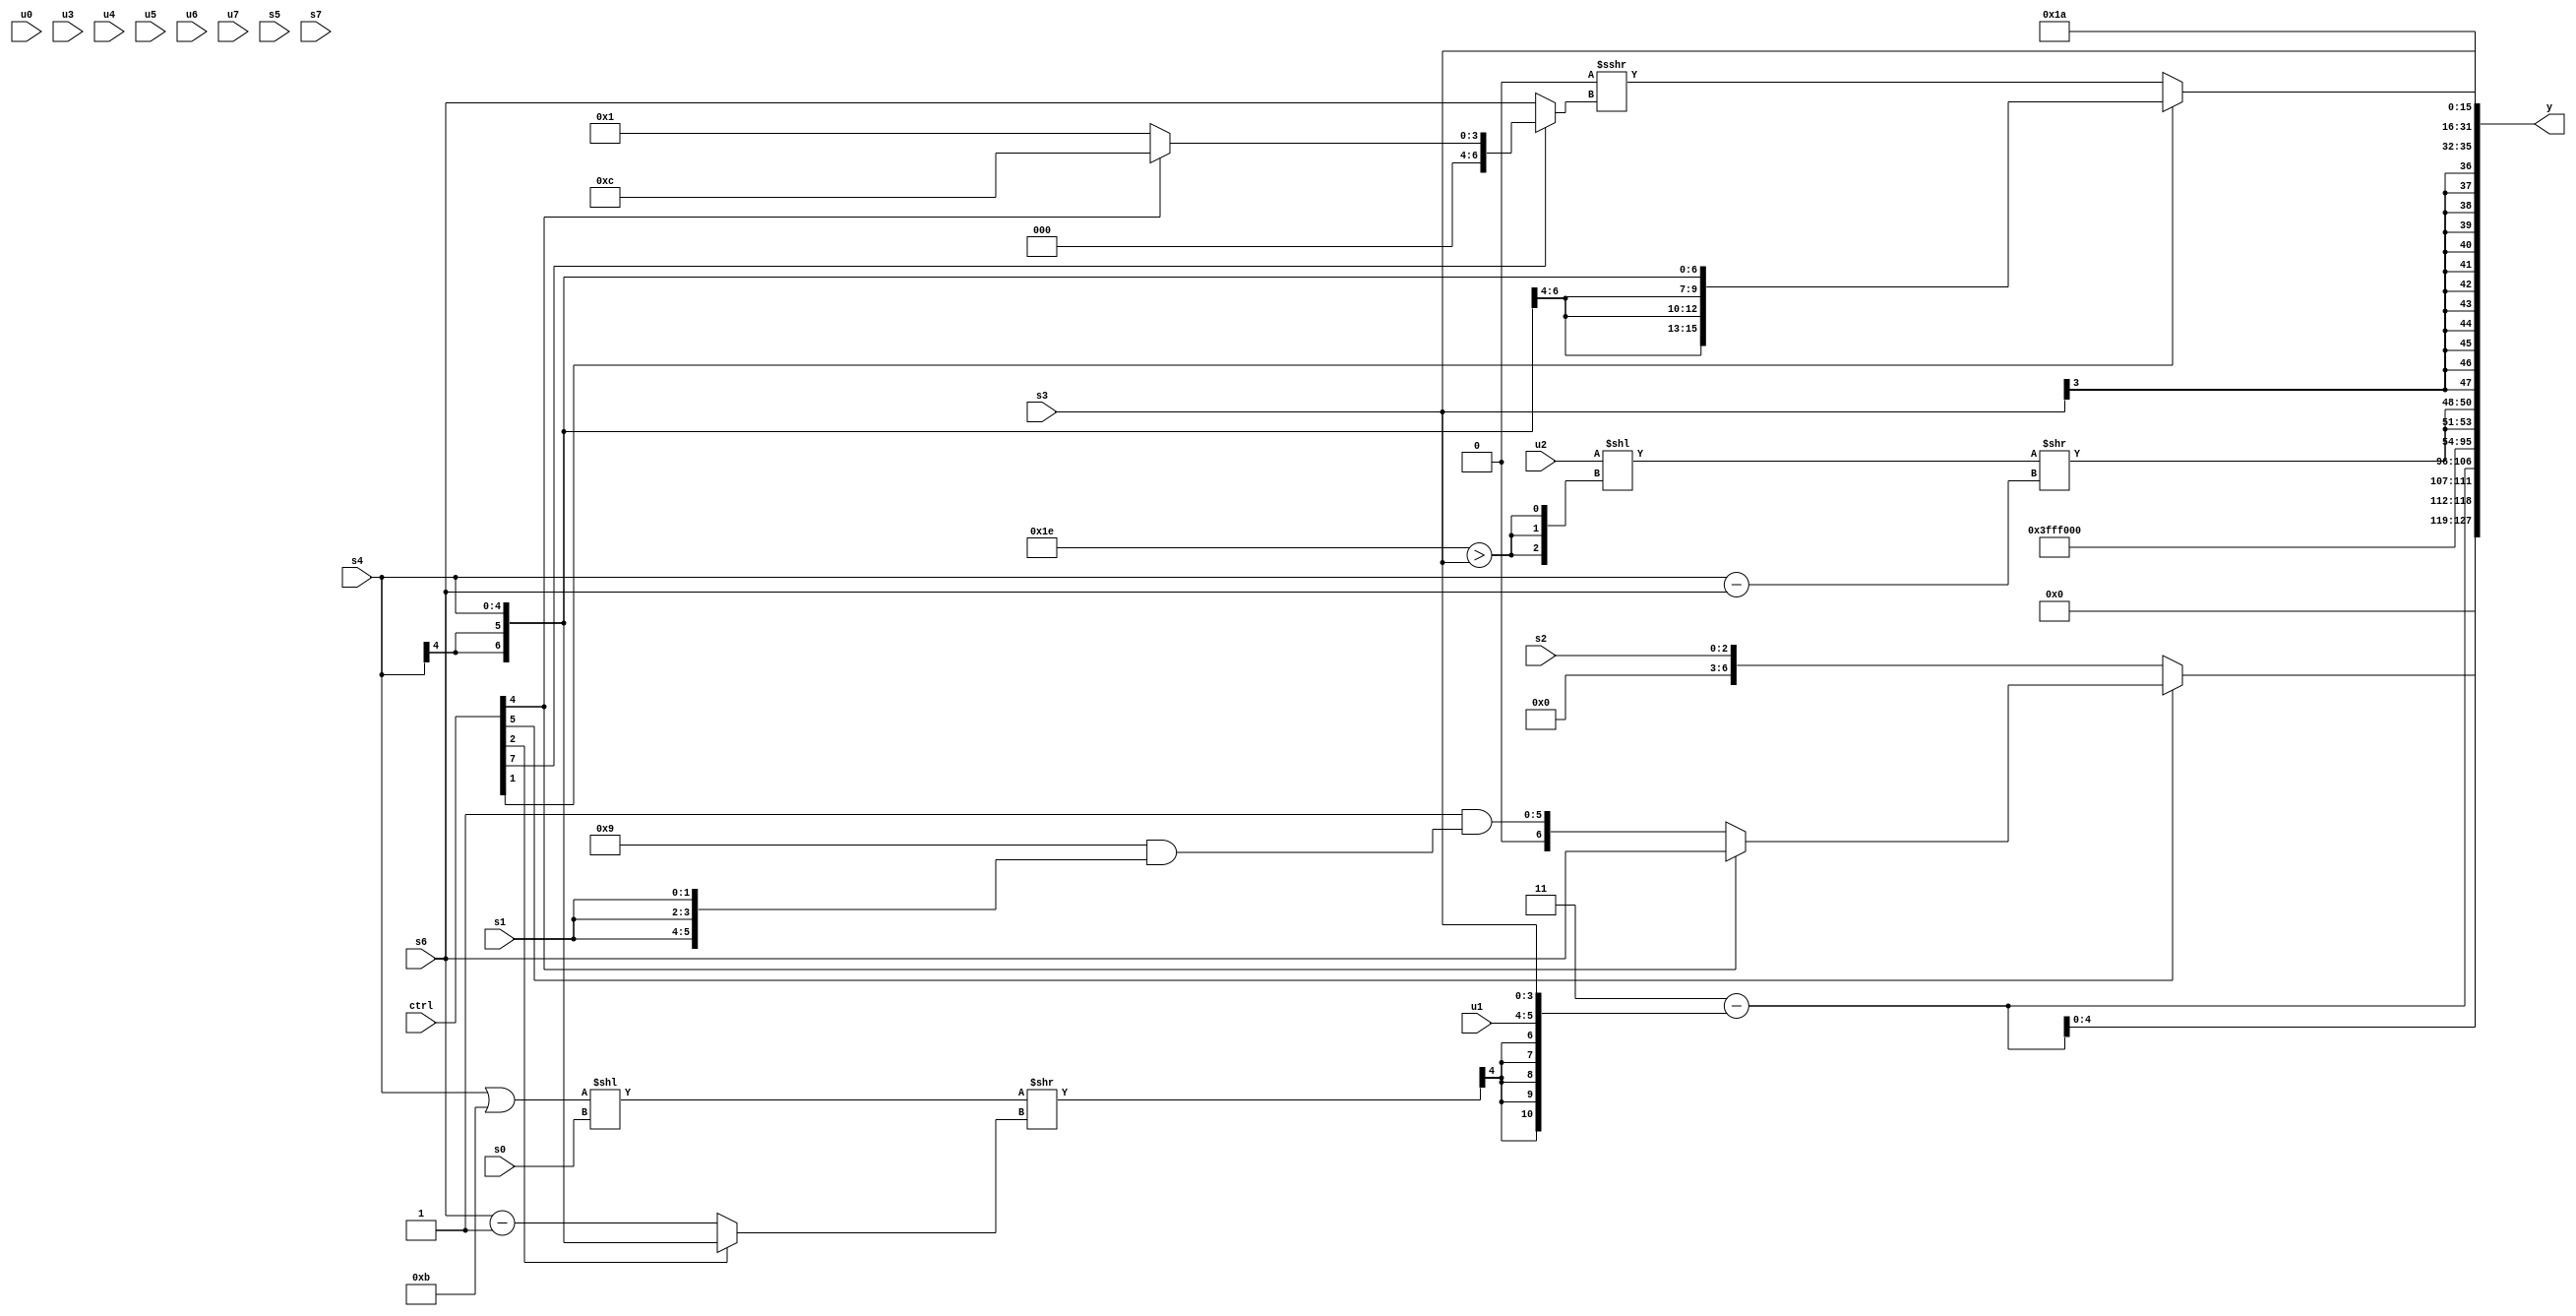
module wideexpr_00854(ctrl, u0, u1, u2, u3, u4, u5, u6, u7, s0, s1, s2, s3, s4, s5, s6, s7, y);
  input [7:0] ctrl;
  input [0:0] u0;
  input [1:0] u1;
  input [2:0] u2;
  input [3:0] u3;
  input [4:0] u4;
  input [5:0] u5;
  input [6:0] u6;
  input [7:0] u7;
  input signed [0:0] s0;
  input signed [1:0] s1;
  input signed [2:0] s2;
  input signed [3:0] s3;
  input signed [4:0] s4;
  input signed [5:0] s5;
  input signed [6:0] s6;
  input signed [7:0] s7;
  output [127:0] y;
  wire [15:0] y0;
  wire [15:0] y1;
  wire [15:0] y2;
  wire [15:0] y3;
  wire [15:0] y4;
  wire [15:0] y5;
  wire [15:0] y6;
  wire [15:0] y7;
  assign y = {y0,y1,y2,y3,y4,y5,y6,y7};
  assign y0 = (ctrl[5]?(ctrl[4]?s6:+(($signed($signed(1'b1)))&((4'sb1001)&({3{s1}})))):s2);
  assign y1 = {3{$signed(({2{1'sb1}})-({((((s4)|(4'sb1011))<<(+(s0)))>>(+((ctrl[2]?+(s4):(s6)-(1'sb1)))))>>>(6'sb001000),$signed(u1),s3}))}};
  assign y2 = -(((ctrl[2]?6'b010000:(ctrl[6]?$signed(s0):(3'sb101)<<(s3))))>>>(5'b11001));
  assign y3 = 4'sb1100;
  assign y4 = {2{(+(($signed(u2))<<(+({3{(6'sb011110)>(s3)}}))))>>((s4)-($signed(s6)))}};
  assign y5 = $signed(s3);
  assign y6 = ({+(-(5'sb00110)),$unsigned((5'sb11101)<<((ctrl[2]?6'sb100011:-((ctrl[6]?6'sb101101:1'sb0))))),(4'sb1011)>>>({(ctrl[1]?3'sb100:-((s4)>>(s4))),+((ctrl[5]?(ctrl[0]?s1:s7):(s5)<<(u7)))}),-(4'sb1010)})>>(4'sb1101);
  assign y7 = (ctrl[1]?s4:(3'sb000)>>>((ctrl[7]?(ctrl[4]?6'sb001100:3'sb001):s6)));
endmodule